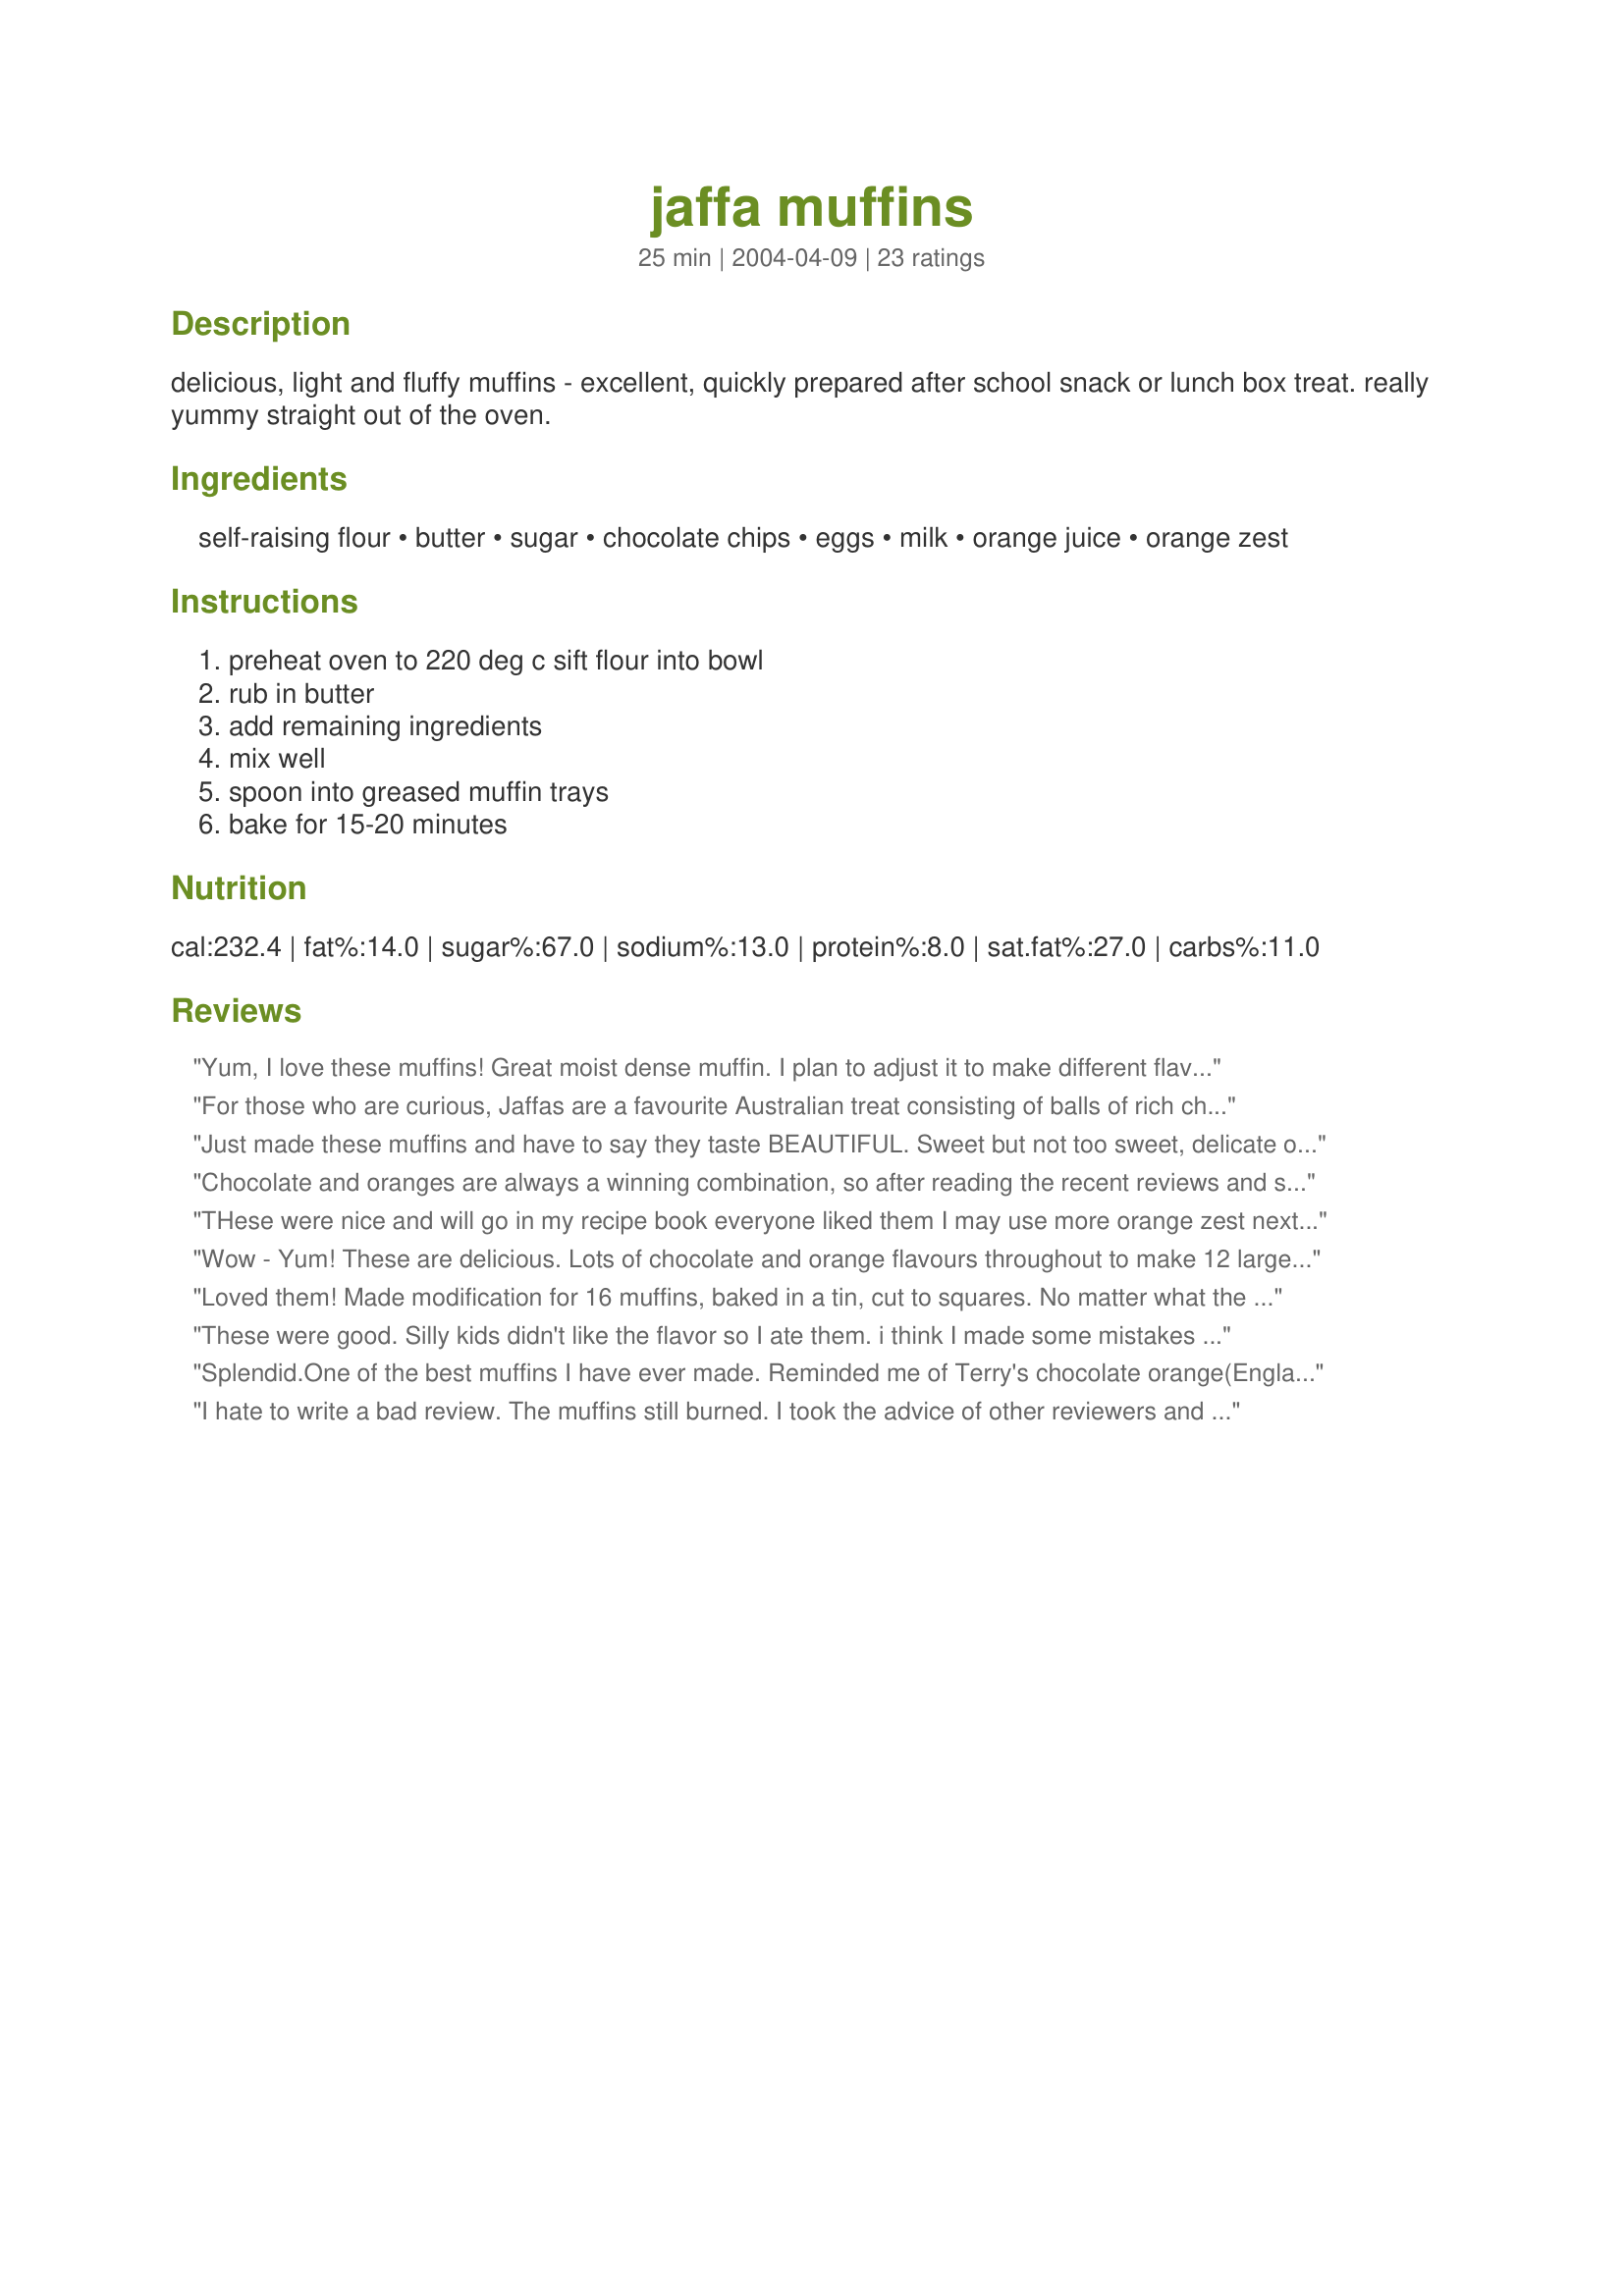
jaffa muffins
Preparation time: 25 minutes

delicious, light and fluffy muffins - excellent, quickly prepared after school snack or lunch box treat. really yummy straight out of the oven.

Ingredients:
self-raising flour, butter, sugar, chocolate chips, eggs, milk, orange juice, orange zest

Steps:
preheat oven to 220 deg c sift flour into bowl, rub in butter, add remaining ingredients, mix well, spoon into greased muffin trays, bake for 15-20 minutes

Reviews:
Yum, I love these muffins! Great moist dense muffin. I plan to adjust it to make different flavored muffins. I'm hoping to use this basic recipe and turn it into lemon poppy muffins. Maybe I'll post the variation if it works. Thanks so much for sharing!
For those who are curious, Jaffas are a favourite Australian treat consisting of balls of rich chocolate covered in orange flavoured candy. A packet of Jaffas is essential fare for Aussie movie goers. In the days when the floors of movie theatres were plain timber instead of carpeted, a favourite Aussie kids' prank was to roll a packet of Jaffas down the aisle during the movie - making a hell of a clatter! That was until someone discovered that an empty glass Coke bottle made even more noise!
Just made these muffins and have to say they taste BEAUTIFUL. Sweet but not too sweet, delicate orange flavor and the chocolate chips are great. The flavors here are spot on, so thanks for this! However, there's something definitely proportionally off with the muffin recipe. A previous reviewer mentioned these were dense -- holy cow, these are pound-cake dense (minus the buttery-ness of pound-cakes). The managed to stay moist, but whoa that's not a muffin so much as a little cake. The other challenge was that the outsides of the muffin burned at 425 for 15 minutes but the inside was fine. This is a sign that the muffins cooked at too high a temperature. I would lower to 400 or maybe lower a little more and cook longer, 25-30 minutes.
Chocolate and oranges are always a winning combination, so after reading the recent reviews and seeing the photographs, I just had to make these tonight. YES, very light and totally delicious, and have me pondering decadent thoughts for the next time I make these. Do I dare to sneak in just a little orange and chocolate liqueur and make these an adults only muffin? Perhaps just half a teaspoon? Or are these rambling and crazy thoughts just Friday night exhaustion getting the better of me? I’ll report back here – post Zaar World Tour – if I indeed venture down that path. Thanks for sharing this recipe, Fairy Nuff. Scrumptious!
THese were nice and will go in my recipe book everyone liked them I may use more orange zest next time to give it more orange flavour and there were heaps of chocolate chips yum!
Wow - Yum! These are delicious. Lots of chocolate and orange flavours throughout to make 12 large muffins, they rose beautifully. And very kid friendly. My 3 year old helper just loved rubbing the butter in! I cooked for 15 minutes. Thanks Fairy Nuff!
Loved them! Made modification for 16 muffins, baked in a tin, cut to squares. No matter what the shape, these are so good and easy. Thanks Jodie :)
These were good. Silly kids didn't like the flavor so I ate them. i think I made some mistakes somewhere because they weren't as light as everyone elses & they didn't keep well. :(
Splendid.One of the best muffins I have ever made. 
Reminded me of Terry's chocolate orange(England).
They are very very easy to make and look beautiful when they come out of the oven. I used dark choc chips.
I will make again soon!!!! The children yummed there way through eating them!!!!
I also used all purpose flour and added 3 tsp of baking powder and 1 tsp of salt to substitute.
You must try these!!!!!
I hate to write a bad review. The muffins still burned. I took the advice of other reviewers and lowered the temp to 400F for 15 minutes. Maybe it is the sugar in the orange juice? The batter smelled delicious. I'd like to try it again. Made and reviewed for I Recommend Tag Game.
I made these last weekend for morning tea for the family. They were very yummy and so easy to throw togeather. The orange-chocolate flavour was a real hit. This will be made often. Thanks Fairynuff
These baked beautifully and were very pretty. They looked exactly like the ones in the photoes. Next time I'll reduce the temp or the baking time because they were a little bit burned.
Simply perfect !
So easy to make and so tasty too! Thanks my 2yr old loved them!
Self-raising flour is not available where I live so I used regular flour plus 1 tsp of baking powder (a recipe from this site too) but my jaffa muffins haven't risen as much as those pretty ones in the photo. I also should have read one of the reviews where cordamonstairs says that she used 3 tsp of baking powder. I also think that the chocolate chips might be too heavy for the batter to rise. Tastewise quite nice, not too sweet.
These are so good! I scarfed one down while i was photographing.....and then started on another one!!! 
I love the orange and the orange zest in these muffins! They were so easy to make! I made them in jumbo muffin pans instead of the 12 smaller muffins and they were perfect - the time did not even change...... Lovely muffins! 

These were good and I will make them again.
These turned out great. I loved how light the muffin turned out. I ended up using "tropical" orange juice as it was all I had in the house. It was still very good. I will make these again.
Really yummy! It is the first time I have made muffins with the rub in butter method, usually I mix wet and dry ingredients, so I was pleased to see such good results. I made 6 normal and 24 mini-muffins and I took some to a staff meeting. They were still hot from the oven and went down very well. I highly recommend these.
This are excellent little muffins with a wonderful flavor and texture. I had no idea what was meant by "rub in butter", so I just let it soften and added to the sifted flour and it work out great. A keeper for sure. Thanks FN
Am so not an experienced baker, but these came out quite tasty, really perfect. Loved the orange peel and chocolate combo. Me thinks Jaffa is meant to refer to type of oranges, but I'm not sure. Made these for my coworkers for tomorrow, but tested them tonight and they were great! Used orange zest (no pith) of almost 1 whole orange and used fresh squeezed and added extra orange juice to make 1/2 cup. My BF nibbled on the semi-sweet chocolate chips in the cabinet so I was only left with just over 1/2 cup. Also, there was only 1 egg in fridge (BF probably too!) so I added some Greek yogurt plus an additional 2 tablespoons or so of orange juice to make up for missing egg. Made it a bit healthier, anyway. They cooked just perfectly in exactly 17 1/2 minutes! Probably won't rerate again when my coworkers taste them, as we both loved these muffins! BF asked me to reserve 2 of them for him tomorrow am. Thanks so much! P.S. Got many compiments from coworkers!
These are delicious! Love the subtle orange with chocolate. Not sure what jaffa means, but these are great! Thanks!
These were very good, amazingly easy to put together, nicely flavored w/orange & full of choc chips. I halved the recipe for just 2 of us. They looked like they were browning well, so I tented them for the last 5 min of baking. Like elmotoo, I got a doughy muffin, not near as light as I expected. Not sure what I did wrong unless the tenting or my convection oven failed me somehow, prob the latter. These are worth getting right & I'm determined. Thx.
ADDENDUM: Boy am I a dunce! Read a note in another recipe, ck'd & had my answer. I didn't use self-rising flour or add baking powder. Duh! My DH said "Make me happy & get it right!" He'll be happy now. Thx.
